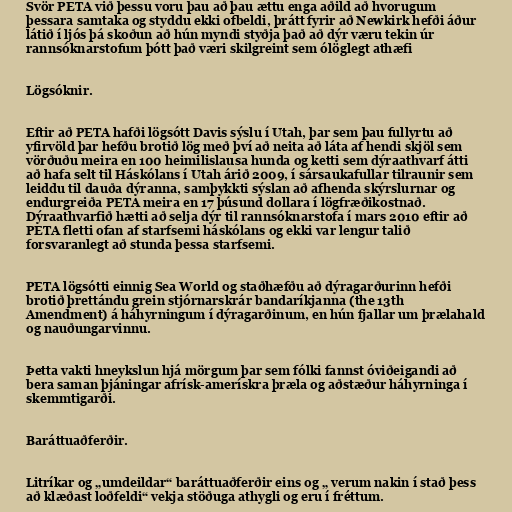
Svör PETA við þessu voru þau að þau ættu enga aðild að hvorugum
þessara samtaka og styddu ekki ofbeldi, þrátt fyrir að Newkirk hefði áður
látið í ljós þá skoðun að hún myndi styðja það að dýr væru tekin úr
rannsóknarstofum þótt það væri skilgreint sem ólöglegt athæfi

Lögsóknir.

Eftir að PETA hafði lögsótt Davis sýslu í Utah, þar sem þau fullyrtu að
yfirvöld þar hefðu brotið lög með því að neita að láta af hendi skjöl sem
vörðuðu meira en 100 heimilislausa hunda og ketti sem dýraathvarf átti
að hafa selt til Háskólans í Utah árið 2009, í sársaukafullar tilraunir sem
leiddu til dauða dýranna, samþykkti sýslan að afhenda skýrslurnar og
endurgreiða PETA meira en 17 þúsund dollara í lögfræðikostnað.
Dýraathvarfið hætti að selja dýr til rannsóknarstofa í mars 2010 eftir að
PETA fletti ofan af starfsemi háskólans og ekki var lengur talið
forsvaranlegt að stunda þessa starfsemi.

PETA lögsótti einnig Sea World og staðhæfðu að dýragarðurinn hefði
brotið þrettándu grein stjórnarskrár bandaríkjanna (the 13th
Amendment) á háhyrningum í dýragarðinum, en hún fjallar um þrælahald
og nauðungarvinnu.

Þetta vakti hneykslun hjá mörgum þar sem fólki fannst óviðeigandi að
bera saman þjáningar afrísk-amerískra þræla og aðstæður háhyrninga í
skemmtigarði.

Baráttuaðferðir.

Litríkar og „umdeildar“ baráttuaðferðir eins og „ verum nakin í stað þess
að klæðast loðfeldi“ vekja stöðuga athygli og eru í fréttum.